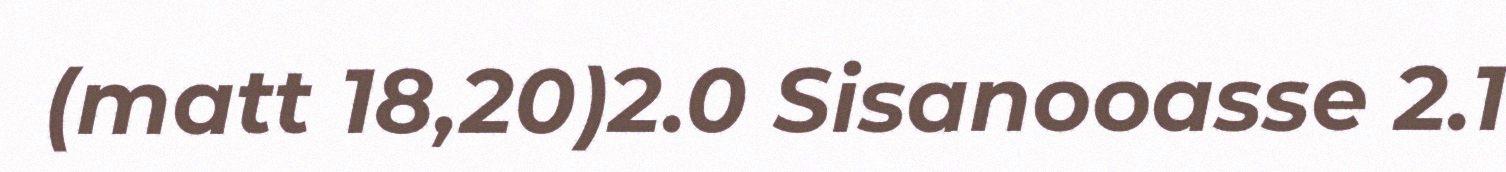
(matt 18,20)2.0 Sisanooasse 2.1